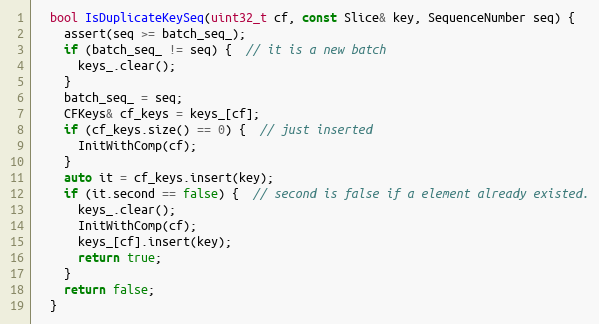
Language: C
  bool IsDuplicateKeySeq(uint32_t cf, const Slice& key, SequenceNumber seq) {
    assert(seq >= batch_seq_);
    if (batch_seq_ != seq) {  // it is a new batch
      keys_.clear();
    }
    batch_seq_ = seq;
    CFKeys& cf_keys = keys_[cf];
    if (cf_keys.size() == 0) {  // just inserted
      InitWithComp(cf);
    }
    auto it = cf_keys.insert(key);
    if (it.second == false) {  // second is false if a element already existed.
      keys_.clear();
      InitWithComp(cf);
      keys_[cf].insert(key);
      return true;
    }
    return false;
  }